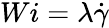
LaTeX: Wi=\lambda\dot{\gamma}